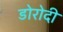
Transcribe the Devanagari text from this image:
डोरोदी